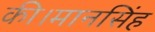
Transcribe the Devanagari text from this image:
की।मानसिंह